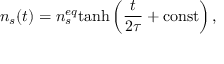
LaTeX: n _ { s } ( t ) = n _ { s } ^ { e q } \mathrm { t a n h } \left( \frac { t } { 2 \tau } + \mathrm { c o n s t } \right) ,